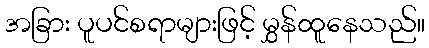
အခြား ပူပင်စရာများဖြင့် မွှန်ထူနေသည်။